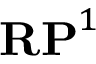
\mathbf { R P } ^ { 1 }